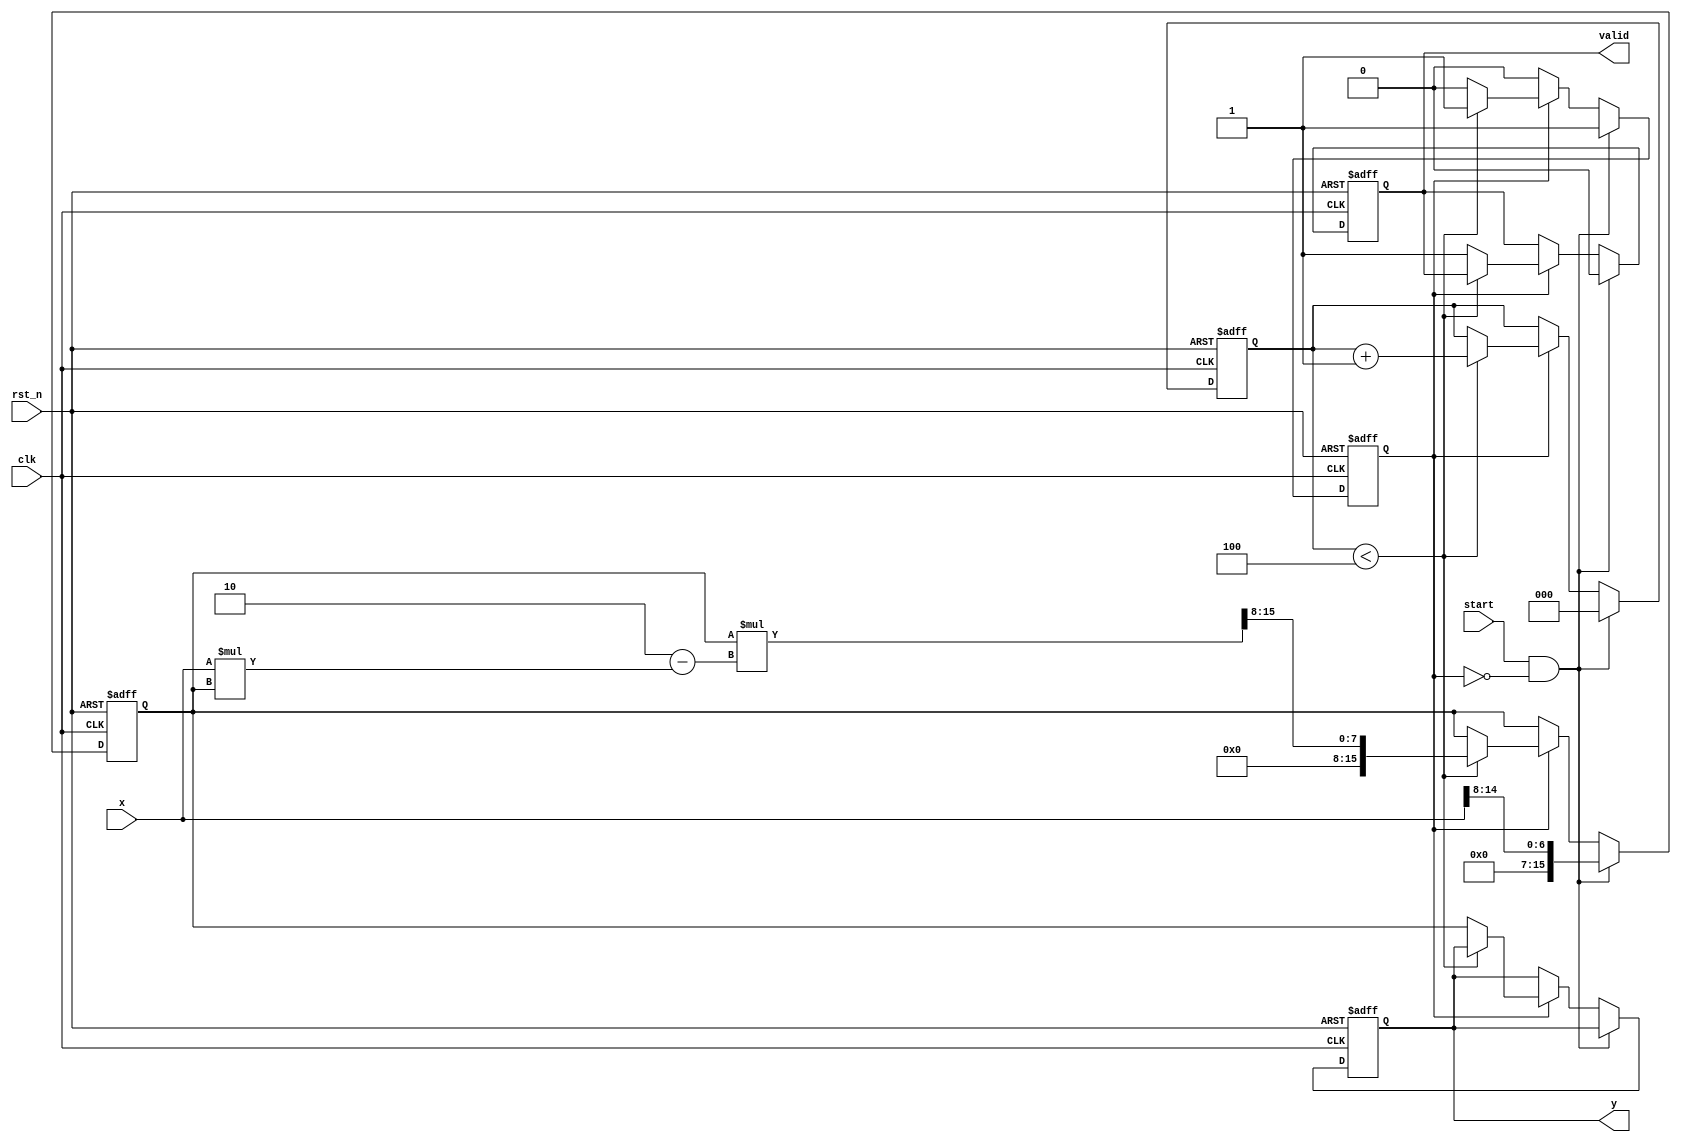
module FixedPointReciprocal #(
    parameter IN_WIDTH = 16,   // Total bits of input
    parameter FRAC_WIDTH = 8,  // Fractional bits
    parameter MAX_ITER = 4      // Maximum iterations for Newton-Raphson
)(
    input  wire clk,               // Clock signal
    input  wire rst_n,             // Active low reset
    input  wire start,             // Start signal for computation
    input  wire [IN_WIDTH-1:0] x,  // Fixed-point input (x > 0)
    output reg  [IN_WIDTH-1:0] y,  // Fixed-point output (1/x)
    output reg  valid               // Output valid signal
);

    // Internal register declaration
    reg [IN_WIDTH-1:0] approx;  // Current approximation of the reciprocal
    reg [2:0] iter_count;        // Iteration counter
    reg computing;               // Current state of computation

    // Control state machine
    always @(posedge clk or negedge rst_n) begin
        if (!rst_n) begin
            y <= 0;
            valid <= 0;
            approx <= 0;
            iter_count <= 0;
            computing <= 0;
        end else begin
            if (start && !computing) begin
                // Begin computation
                approx <= {1'b0, x[IN_WIDTH-2:FRAC_WIDTH]}; // Initial guess (1/x)
                iter_count <= 0;
                computing <= 1;
                valid <= 0;
            end else if (computing) begin
                if (iter_count < MAX_ITER) begin
                    // Update approximation using Newton-Raphson
                    approx <= approx * (2'b10 - x * approx) >> FRAC_WIDTH; // approx = approx * (2 - x * approx)
                    iter_count <= iter_count + 1;
                end else begin
                    // Finished computation
                    y <= approx;
                    valid <= 1;
                    computing <= 0;
                end
            end
        end
    end

endmodule